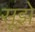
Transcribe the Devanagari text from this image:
सूझे